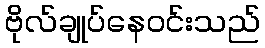
ဗိုလ်ချုပ်နေဝင်းသည်